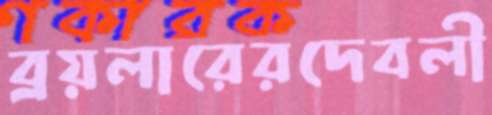
ব্রয়লারেরদেবলী